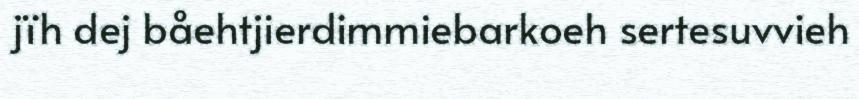
jïh dej båehtjierdimmiebarkoeh sertesuvvieh